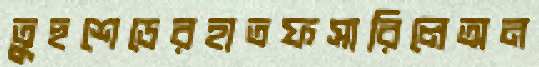
তুহুশেডেরহাতফসারিলেঅন